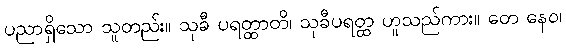
ပညာရှိသော သူတည်း။ သုခီ ပရတ္ထာတိ၊ သုခီပရတ္ထ ဟူသည်ကား။ တေ နေဝ၊